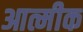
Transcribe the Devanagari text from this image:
आत्मीक